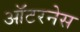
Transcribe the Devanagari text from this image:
ऑटरनेस